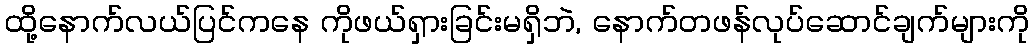
ထို့နောက်လယ်ပြင်ကနေ ကိုဖယ်ရှားခြင်းမရှိဘဲ, နောက်တဖန်လုပ်ဆောင်ချက်များကို